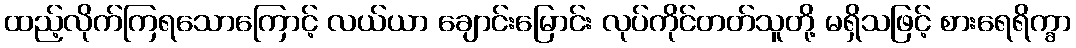
ထည့်လိုက်ကြရသောကြောင့် လယ်ယာ ချောင်းမြောင်း လုပ်ကိုင်တတ်သူတို့ မရှိသဖြင့် စားရေရိက္ခာ